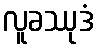
လူခဿုဒံ